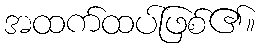
အထက်ထပ်ဖြစ်၏။